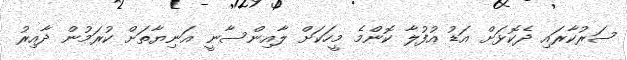
ސަރުކާރައި ދެކޮޅަށް އަޑު އުފުލާ ކޮންމެ މީހަކަށް ލާއިންސާނީ އަނިޔާތަށް ކުރަމުން ދާއިރު